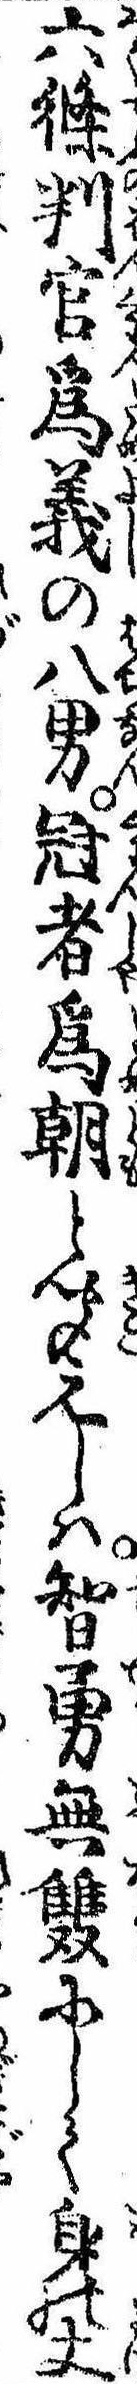
六条判官為義の八男冠者為朝と聞えしは智勇無双にして身の丈